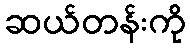
ဆယ်တန်းကို